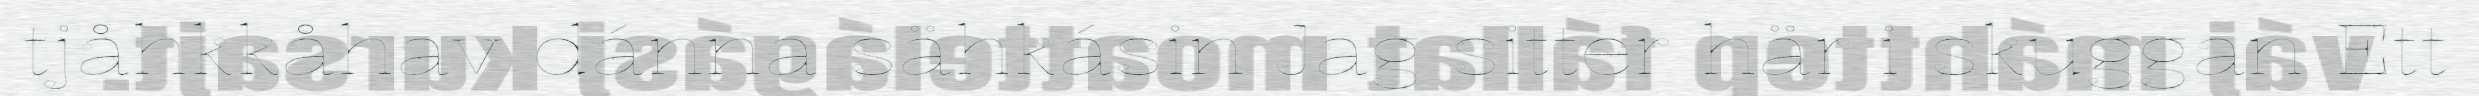
tjåhkkåhav dánna sähkásin Jag sitter här i skuggan Ett